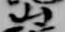
山